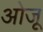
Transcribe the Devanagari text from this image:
ओजू